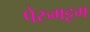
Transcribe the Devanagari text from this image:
पेरुमट्टम